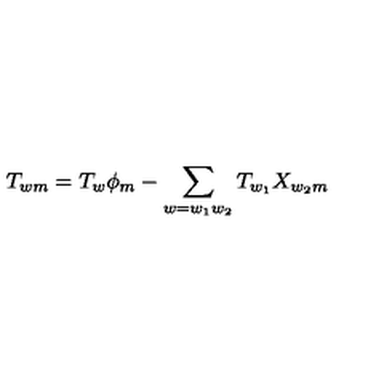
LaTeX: T _ { w m } = T _ { w } \phi _ { m } - \sum _ { w = w _ { 1 } w _ { 2 } } T _ { w _ { 1 } } X _ { w _ { 2 } m }